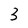
Character: 3